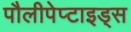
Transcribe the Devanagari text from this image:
पौलीपेप्टाइड्स